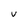
Character: v